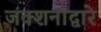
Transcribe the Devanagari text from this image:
जंक्शनाद्वारे